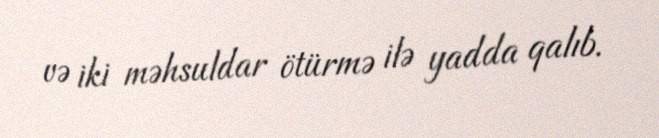
və iki məhsuldar ötürmə ilə yadda qalıb.